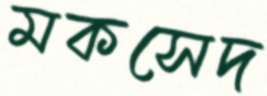
মকসেদ